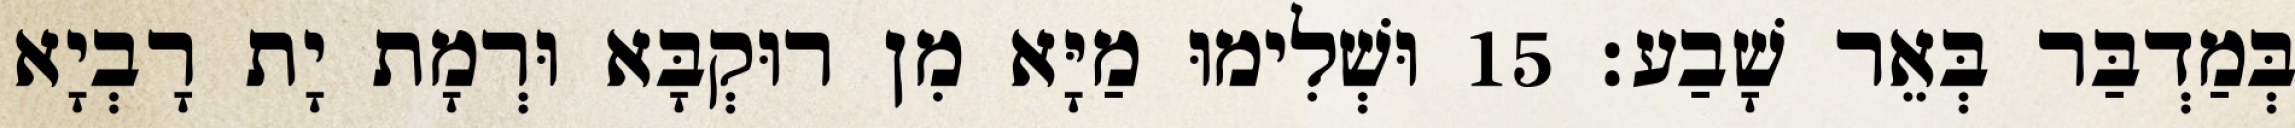
בְּמַדְבַּר בְּאֵר שָׁבַע׃ 15 וּשְׁלִימוּ מַיָּא מִן רוּקְבָּא וּרְמָת יָת רָבְיָא